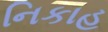
નિકાહ